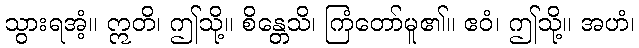
သွားရအံ့။ ဣတိ၊ ဤသို့။ စိန္တေသိ၊ ကြံတော်မူ၏။ ဧဝံ၊ ဤသို့။ အဟံ၊